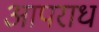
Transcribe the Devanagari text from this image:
आपराध